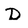
Character: D